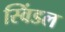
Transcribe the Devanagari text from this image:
स्विंडल